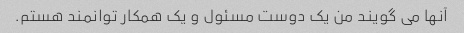
آنها می گویند من یک دوست مسئول و یک همکار توانمند هستم.